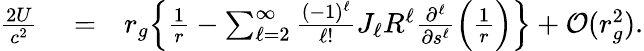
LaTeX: \begin{array}{rlr}{\frac{2U}{c^{2}}}&{{}=}&{r_{g}\Big\{ \frac{1}{r}-\sum_{\ell=2}^{\infty}\frac{(-1)^{\ell}}{\ell!}J_{\ell}R^{\ell}\frac{\partial^{\ell}}{\partial s^{\ell}}\Big(\frac{1}{r}\Big)\Big\} +{\cal O}(r_{g}^{2}).}\end{array}